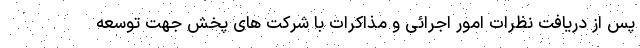
پس از دریافت نظرات امور اجرائی و مذاکرات با شرکت های پخش جهت توسعه